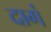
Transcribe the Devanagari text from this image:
दागं